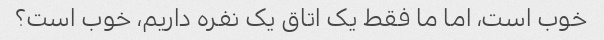
خوب است، اما ما فقط یک اتاق یک نفره داریم، خوب است؟